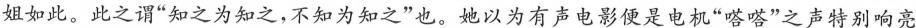
姐如此。此之谓”知之为知之，不知为知之”也。她以为有声电影便是电机”嗒嗒”之声特别响亮